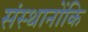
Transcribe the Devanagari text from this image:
संस्थानोंकि